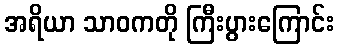
အရိယာ သာဝကတို ကြီးပွားကြောင်း